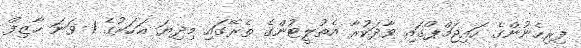
ފިރިހެނުންގެ ހައިޖަމްޕްގައި ވާދަކުރާ އެތުލީޓުންގެ ތެރޭގައި މިދިޔަ އަހަރުގެ 1 ވަނަ ހާޒިފް